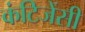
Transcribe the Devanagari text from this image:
कंटिजेंसी